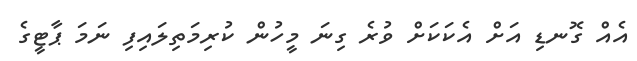
އެއް ގޮނޑި އަށް އެކަކަށް ވުރެ ގިނަ މީހުން ކުރިމަތިލައިފި ނަމަ ޕާޓީގެ